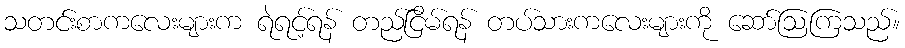
သတင်းစာကလေးများက ရဲရင့်ရန် တည်ငြိမ်ရန် တပ်သားကလေးများကို ဆော်ဩကြသည်။